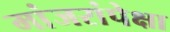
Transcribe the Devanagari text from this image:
मांजरांपेक्षा